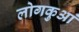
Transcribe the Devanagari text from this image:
लोगकुआं